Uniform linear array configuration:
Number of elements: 24
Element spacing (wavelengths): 1
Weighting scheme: kaiser
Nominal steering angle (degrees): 15
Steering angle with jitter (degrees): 16.644
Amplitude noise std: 0.05
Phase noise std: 0.05

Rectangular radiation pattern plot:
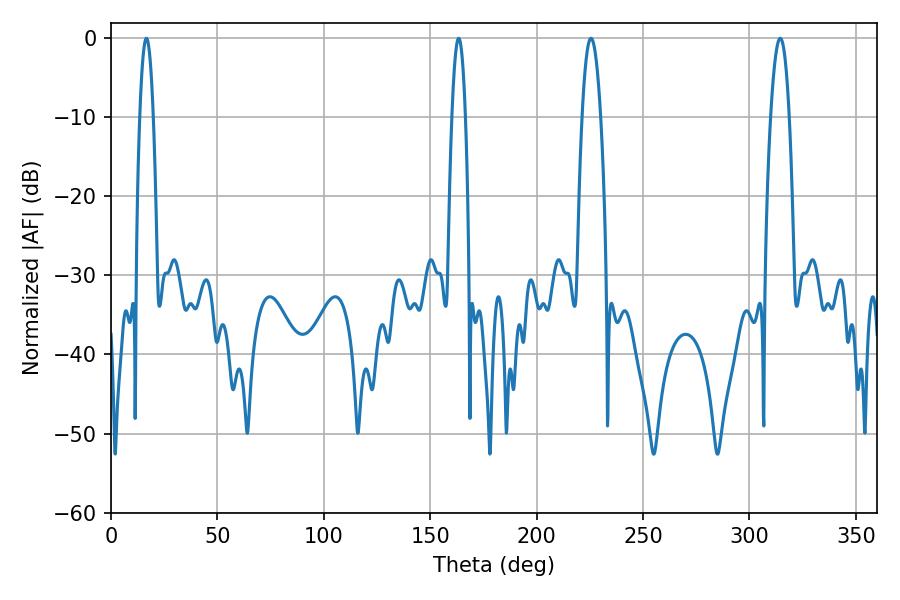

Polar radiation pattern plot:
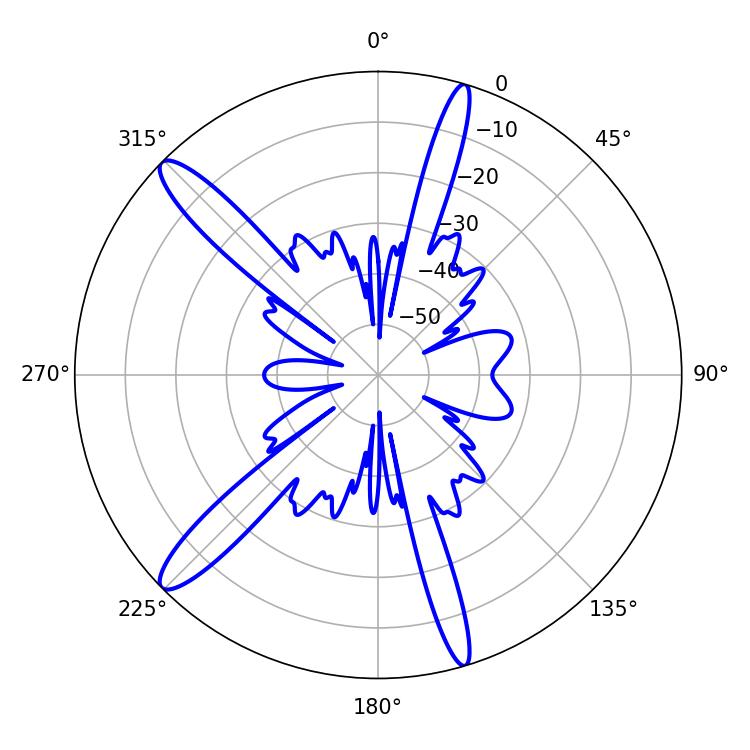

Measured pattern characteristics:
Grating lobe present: TRUE
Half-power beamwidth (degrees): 4.86
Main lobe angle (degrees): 225.54